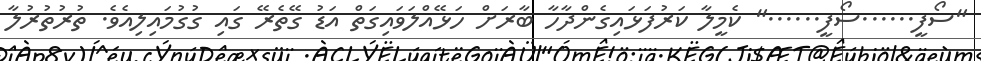
"ސޯފީ......ސޯފީ......" ކެމީލާ ކަރުފަޅައިގެންދާހާ ބާރަށް ހަޅޭއްލަވައިގަތް އަޑު ގޭތެރޭ ގައި ގުގުމައިލިއެވެ. ތުރުތުރުލާ